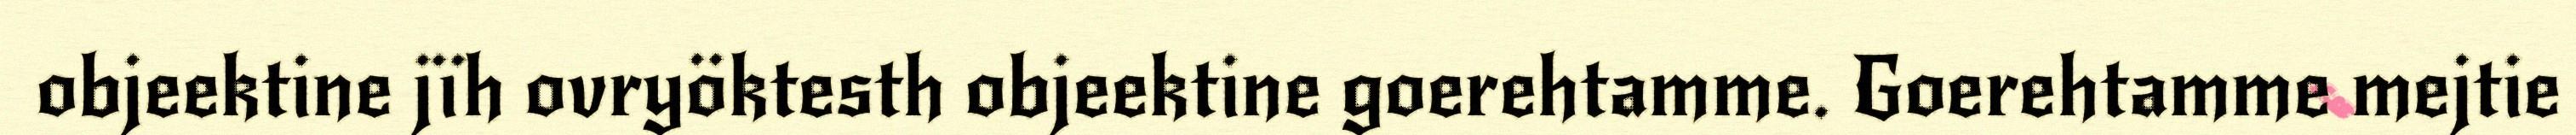
objeektine jïh ovryöktesth objeektine goerehtamme. Goerehtamme mejtie